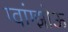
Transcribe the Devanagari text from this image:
ग्वांग्झोऊ